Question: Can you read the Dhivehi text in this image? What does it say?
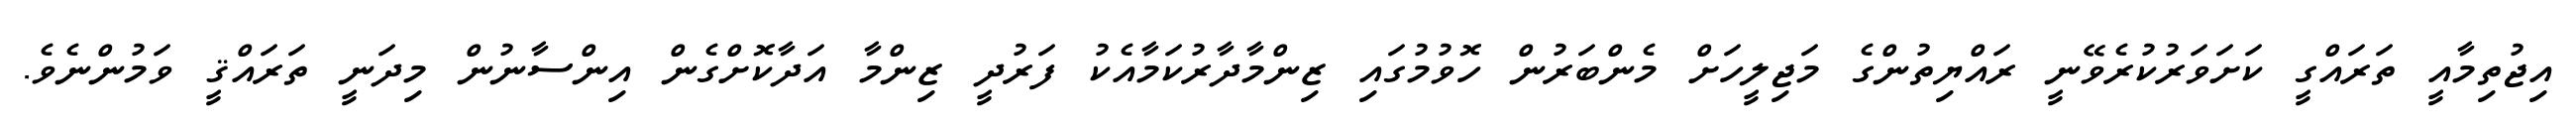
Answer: އިޖުތިމާއީ ތަރައްގީ ކަށަވަރުކުރެވޭނީ ރައްޔިތުންގެ މަޖިލީހަށް މެންބަރުން ހޮވުމުގައި ޒިންމާދާރުކަމާއެކު ފަރުދީ ޒިންމާ އަދާކޮށްގެން އިންސާނުން މިދަނީ ތަރައްޤީ ވަމުންނެވެ.